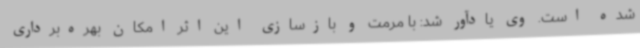
شده است. وی یادآور شد: با مرمت و بازسازی این اثر امکان بهره‌برداری